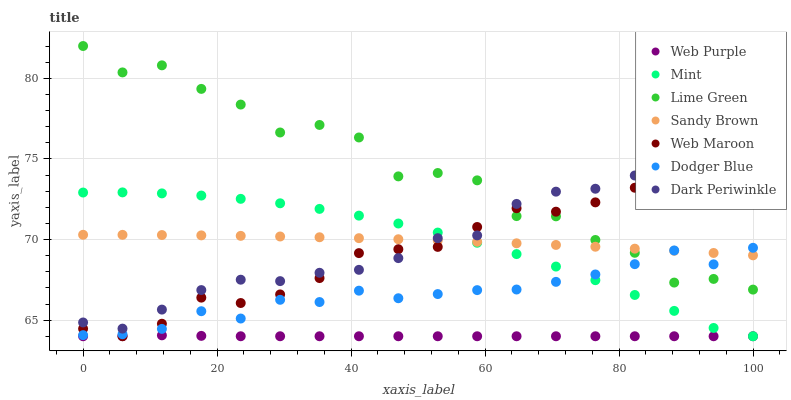
| xaxis_label | Web Purple | Mint | Lime Green | Sandy Brown | Web Maroon | Dodger Blue | Dark Periwinkle |
 | --- | --- | --- | --- | --- | --- | --- | --- |
 | 0 | 64 | 72.9 | 82 | 70.3 | 64.5 | 64.1 | 64.9 |
 | 5.88 | 64 | 72.9 | 80.4 | 70.3 | 64 | 64.1 | 64.5 |
 | 11.8 | 64.1 | 72.9 | 80.8 | 70.3 | 64.8 | 64.5 | 65.7 |
 | 17.6 | 64 | 72.7 | 79.3 | 70.3 | 66.4 | 65.6 | 66.9 |
 | 23.5 | 64 | 72.5 | 78.4 | 70.2 | 66.1 | 65.1 | 67.5 |
 | 29.4 | 64 | 72.2 | 76.6 | 70.2 | 66.6 | 66.3 | 67.4 |
 | 35.3 | 64 | 71.9 | 77.1 | 70.1 | 67.6 | 66.1 | 67.9 |
 | 41.2 | 64 | 71.5 | 76.3 | 70.1 | 69.2 | 66.8 | 68.1 |
 | 47.1 | 64 | 71 | 73.9 | 70 | 69.4 | 66.4 | 68.8 |
 | 52.9 | 64 | 70.4 | 74.1 | 69.9 | 69.5 | 66.6 | 70.1 |
 | 58.8 | 64 | 69.8 | 73.7 | 69.9 | 70.8 | 66.9 | 70.3 |
 | 64.7 | 64 | 69.1 | 71.5 | 69.8 | 71.9 | 66.9 | 72.2 |
 | 70.6 | 64 | 68.3 | 71.4 | 69.7 | 71.7 | 67.4 | 73 |
 | 76.5 | 64 | 67.5 | 70 | 69.6 | 72.3 | 67.8 | 73.1 |
 | 82.4 | 64 | 66.6 | 69.2 | 69.4 | 73.2 | 68.5 | 74 |
 | 88.2 | 64 | 65.6 | 67.3 | 69.3 | 73.1 | 69.3 | 74.8 |
 | 94.1 | 64 | 64.5 | 67.6 | 69.2 | 74.4 | 68.5 | 74.4 |
 | 100 | 64 | 64 | 66.9 | 69 | 75.2 | 69.5 | 76.3 |